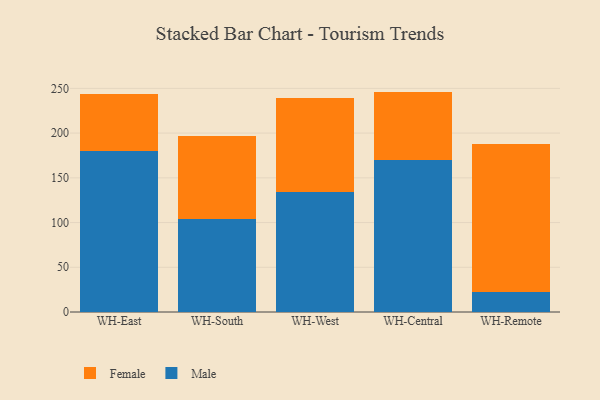
{"axis": {"x": "Warehouse", "y": "Customer Acquisition Cost (USD)"}, "legend": ["Female", "Male"], "data": [{"x": "WH-East", "y": 179.8, "type": "Male"}, {"x": "WH-East", "y": 64.0, "type": "Female"}, {"x": "WH-South", "y": 103.8, "type": "Male"}, {"x": "WH-South", "y": 92.8, "type": "Female"}, {"x": "WH-West", "y": 134.3, "type": "Male"}, {"x": "WH-West", "y": 104.8, "type": "Female"}, {"x": "WH-Central", "y": 169.4, "type": "Male"}, {"x": "WH-Central", "y": 77.0, "type": "Female"}, {"x": "WH-Remote", "y": 22.5, "type": "Male"}, {"x": "WH-Remote", "y": 165.0, "type": "Female"}]}